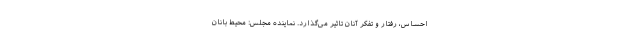
احساس، رفتار و تفکر آنان تاثیر می‌گذارد. نماینده مجلس: محیط بانان